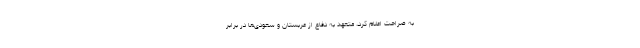
به صراحت اعلام کرد، متعهد به دفاع از عربستان و سعودی‌ها در برابر